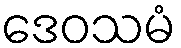
ဒေဝသမံ